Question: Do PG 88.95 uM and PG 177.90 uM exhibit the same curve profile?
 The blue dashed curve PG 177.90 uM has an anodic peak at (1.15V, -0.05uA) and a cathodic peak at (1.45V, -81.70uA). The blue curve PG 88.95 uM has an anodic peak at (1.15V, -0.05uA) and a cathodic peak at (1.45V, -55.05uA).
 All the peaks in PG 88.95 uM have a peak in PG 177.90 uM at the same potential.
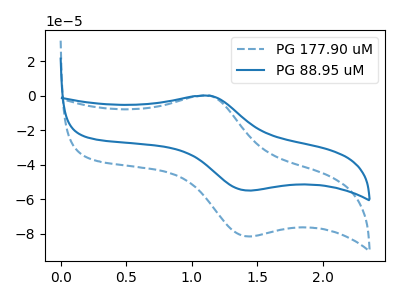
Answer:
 <answer>"PG 88.95 uM" and "PG 177.90 uM" are similar in shape.</answer>
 <eval>same_shape</eval>